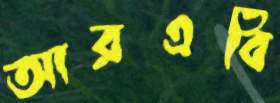
আরএবি